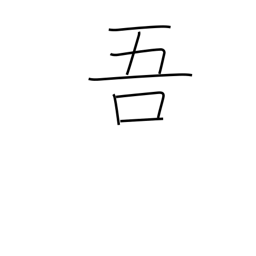
Meaning: my